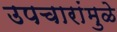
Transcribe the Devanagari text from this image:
उपचारांमुळे